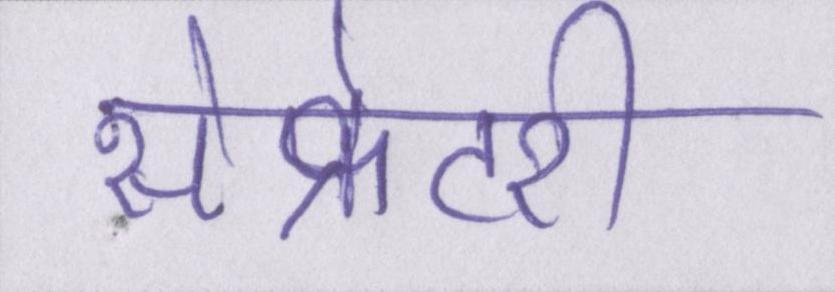
सेक्रेटरी